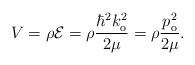
LaTeX: \begin{align*}V=\rho\mathcal{E}=\rho\frac{\hbar^{2}k_{\mathrm{o}}^{2}}{2\mu}=\rho\frac{p_{\mathrm{o}}^{2}}{2\mu}.\end{align*}